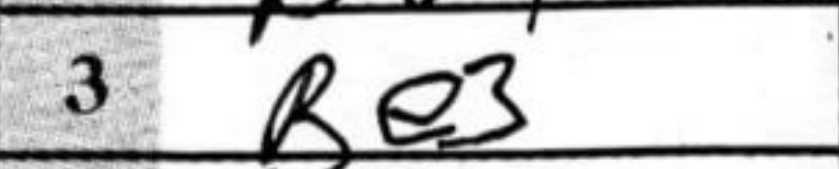
Transcription: Be3